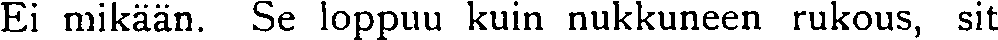
Ei mikään. Se loppuu kuin nukkuneen rukous, sit